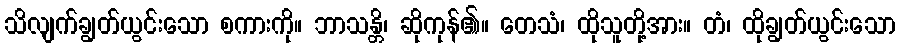
သိလျက်ချွတ်ယွင်းသော စကားကို။ ဘာသန္တိ၊ ဆိုကုန်၏။ တေသံ၊ ထိုသူတို့အား။ တံ၊ ထိုချွတ်ယွင်းသော